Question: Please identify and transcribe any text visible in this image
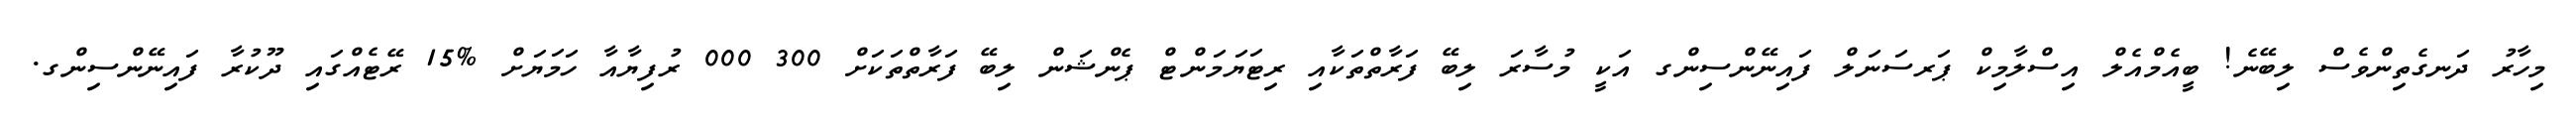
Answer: މިހާރު ދަނގެތިންވެސް ލިބޭނެ! ބީއެމްއެލް އިސްލާމިކް ޕަރސަނަލް ފައިނޭންސިންގ އަކީ މުސާރަ ލިބޭ ފަރާތްތަކާއި ރިޓަޔަމަންޓް ޕެންޝަން ލިބޭ ފަރާތްތަކަށް 300 000 ރުފިޔާއާ ހަމަޔަށް %15 ރޭޓެއްގައި ދޫކުރާ ފައިނޭންސިންގ.